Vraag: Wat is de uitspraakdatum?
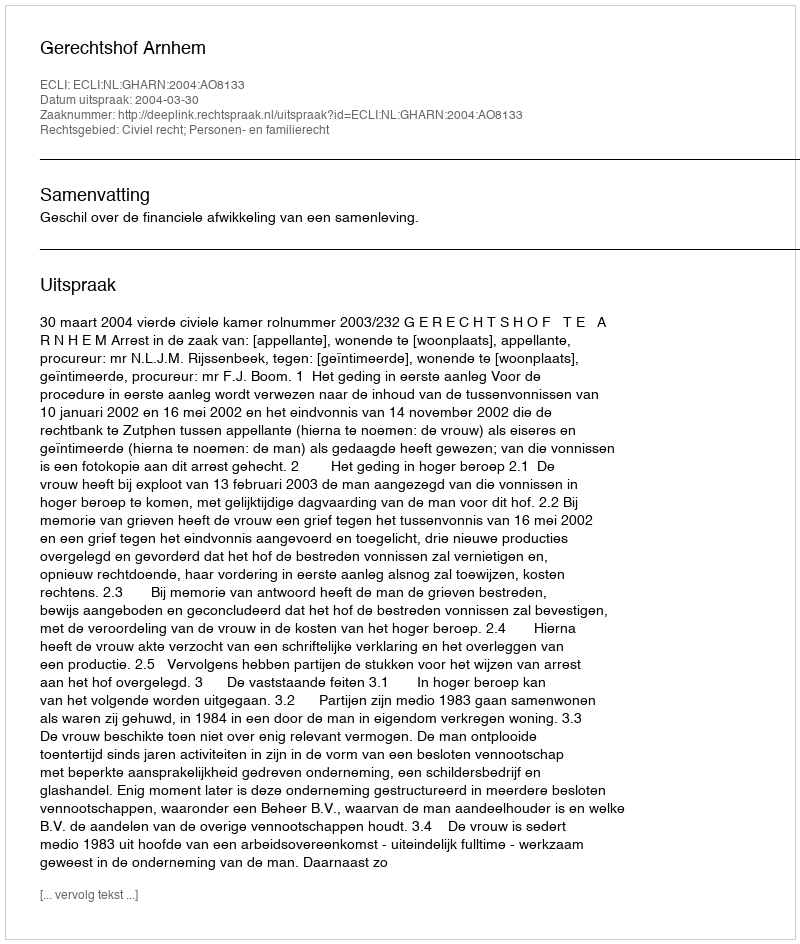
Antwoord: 2004-03-30